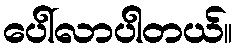
ပေါ်လာပါတယ်။